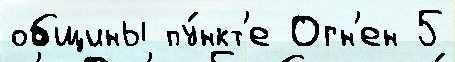
общины пу́нкт'е Огн'ен 5